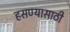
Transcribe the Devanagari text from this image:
हसण्यासाठी